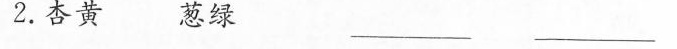
2.杏黄 葱绿 ___ ___